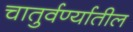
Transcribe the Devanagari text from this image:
चातुर्वर्ण्यातील